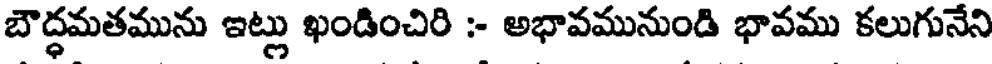
బౌద్ధమతమును ఇట్లు ఖండించిరి :- అభావమునుండి భావము కలుగునేని